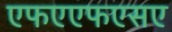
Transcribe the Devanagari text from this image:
एफएएफएसए